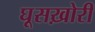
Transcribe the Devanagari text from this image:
घूसख़ोरी